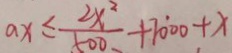
a x \leq \frac { 2 x ^ { 2 } } { 5 0 0 } + 7 0 0 0 + x